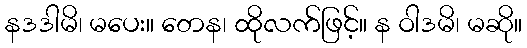
နဒဒါမိ၊ မပေး။ တေန၊ ထိုလက်ဖြင့်။ န ဝါဒမိ၊ မဆို။